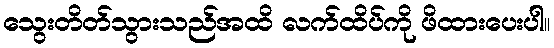
သွေးတိတ်သွားသည်အထိ လက်ထိပ်ကို ဖိထားပေးပါ။